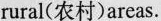
rural(农村)areas.